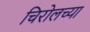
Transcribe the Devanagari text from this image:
चिरोलच्या